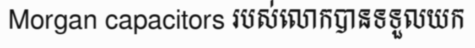
Morgan capacitors របស់លោកបានទទួលយក